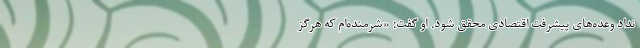
نداد وعده‌های پیشرفت اقتصادی محقق شود. او گفت: «شرمنده‌ام که هرگز